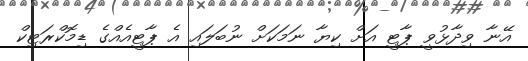
އޭނާ ވިދާޅުވީ ޕާޓީ އަށް ކިޔާ ނަމަކަށް ނުބަލައި އެ ޕާޓީއެއްގެ ޑިމޮކްރަޓިކް